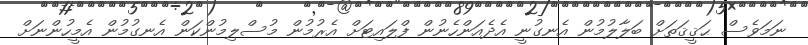
ނަމަވެސް ޙަޤީޤަތަށް ބަލާލުމުން އެނގުނީ އެދެއަންހެނުން ފްލައިޓަށް އެރުމުން މުސްލިމުންކަން އެނގުމުން އެމީހުންނަށް